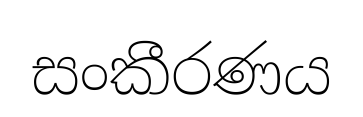
සංකීරණය